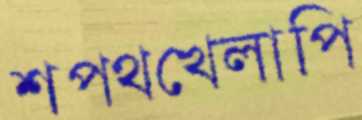
শপথখেলাপি